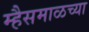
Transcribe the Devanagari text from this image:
म्हैसमाळच्या